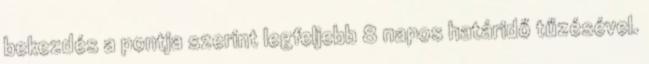
bekezdés a pontja szerint legfeljebb 8 napos határidő tűzésével.